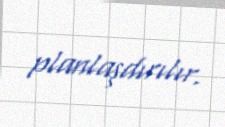
planlaşdırılır.